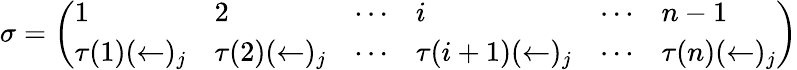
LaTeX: \sigma={\left(\begin{array}{llllll}{1}&{2}&{\cdots}&{i}&{\cdots}&{n-1}\\ {\tau(1)(\leftarrow)_{j}}&{\tau(2)(\leftarrow)_{j}}&{\cdots}&{\tau(i+1)(\leftarrow)_{j}}&{\cdots}&{\tau(n)(\leftarrow)_{j}}\end{array}\right)}